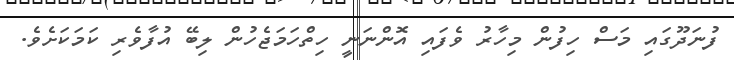
ފުނަދޫގައި މަސް ހިފުން މިހާރު ވެފައި އޮންނަނީ ހިތްހަމަޖެހުން ލިބޭ އުފާވެރި ކަމަކަށެވެ.